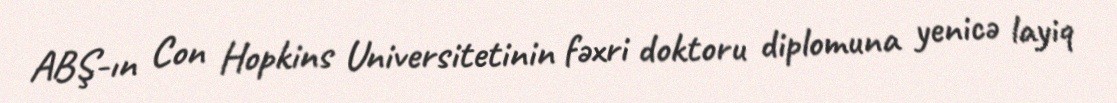
ABŞ-ın Con Hopkins Universitetinin fəxri doktoru diplomuna yenicə layiq